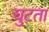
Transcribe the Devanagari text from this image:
घुटता